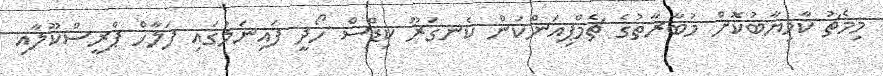
މިމެޗު ކާމިޔާބުކޮށް މުބާރާތުގެ ޗެމްޕިއަންކަން ކެނގަރޫ ކިޑްސް ހޯދީ ފައިނަލުގައި ފަލާހް ޕްރީސްކޫލާއި